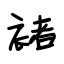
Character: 褚